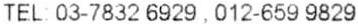
TEL: 03-7832 6929 , 012-659 9829